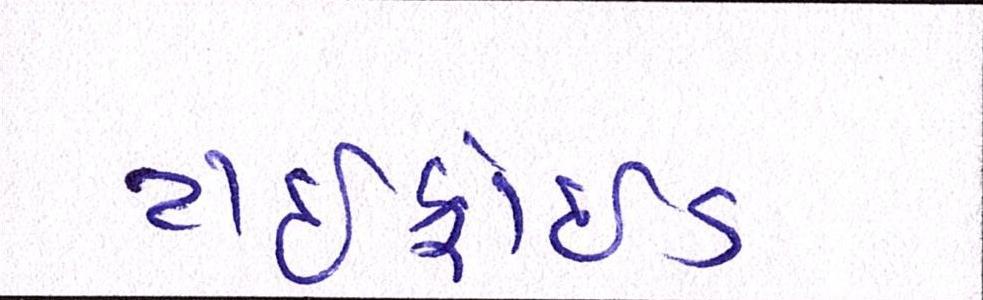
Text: ટાઇફોઇડ